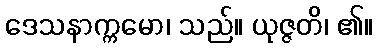
ဒေသနာက္ကမော၊ သည်။ ယုဇ္ဇတိ၊ ၏။